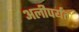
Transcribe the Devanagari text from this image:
अलीपर्यंत